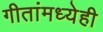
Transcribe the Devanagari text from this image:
गीतांमध्येही